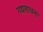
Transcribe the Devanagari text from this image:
गद्यसाधना